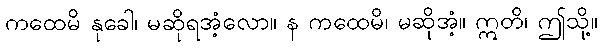
ကထေမိ နုခေါ၊ မဆိုရအံ့လော။ န ကထေမိ၊ မဆိုအံ့။ ဣတိ၊ ဤသို့။